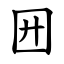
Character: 㘟